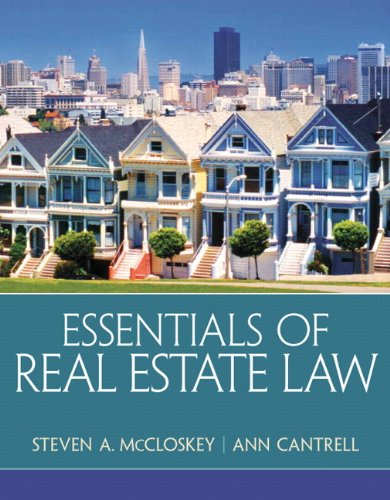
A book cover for Essentials of Real Estate Law; Steven A. McCloskey; Law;